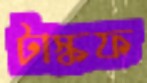
টাস্কফ